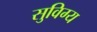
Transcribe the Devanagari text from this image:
सुविग्य